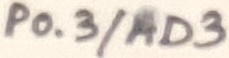
Text: P0.3/AD3